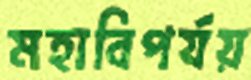
মহাবিপর্যয়